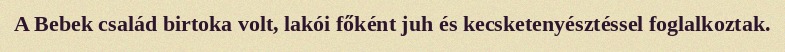
A Bebek család birtoka volt, lakói főként juh és kecsketenyésztéssel foglalkoztak.